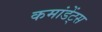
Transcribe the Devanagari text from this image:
कमांडेंट्स